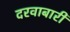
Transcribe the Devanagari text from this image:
दरवाबारी